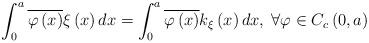
LaTeX: \begin{align*}\int_{0}^{a}\overline{\varphi\left(x\right)}\xi\left(x\right)dx=\int_{0}^{a}\overline{\varphi\left(x\right)}k_{\xi}\left(x\right)dx,\;\forall\varphi\in C_{c}\left(0,a\right)\end{align*}